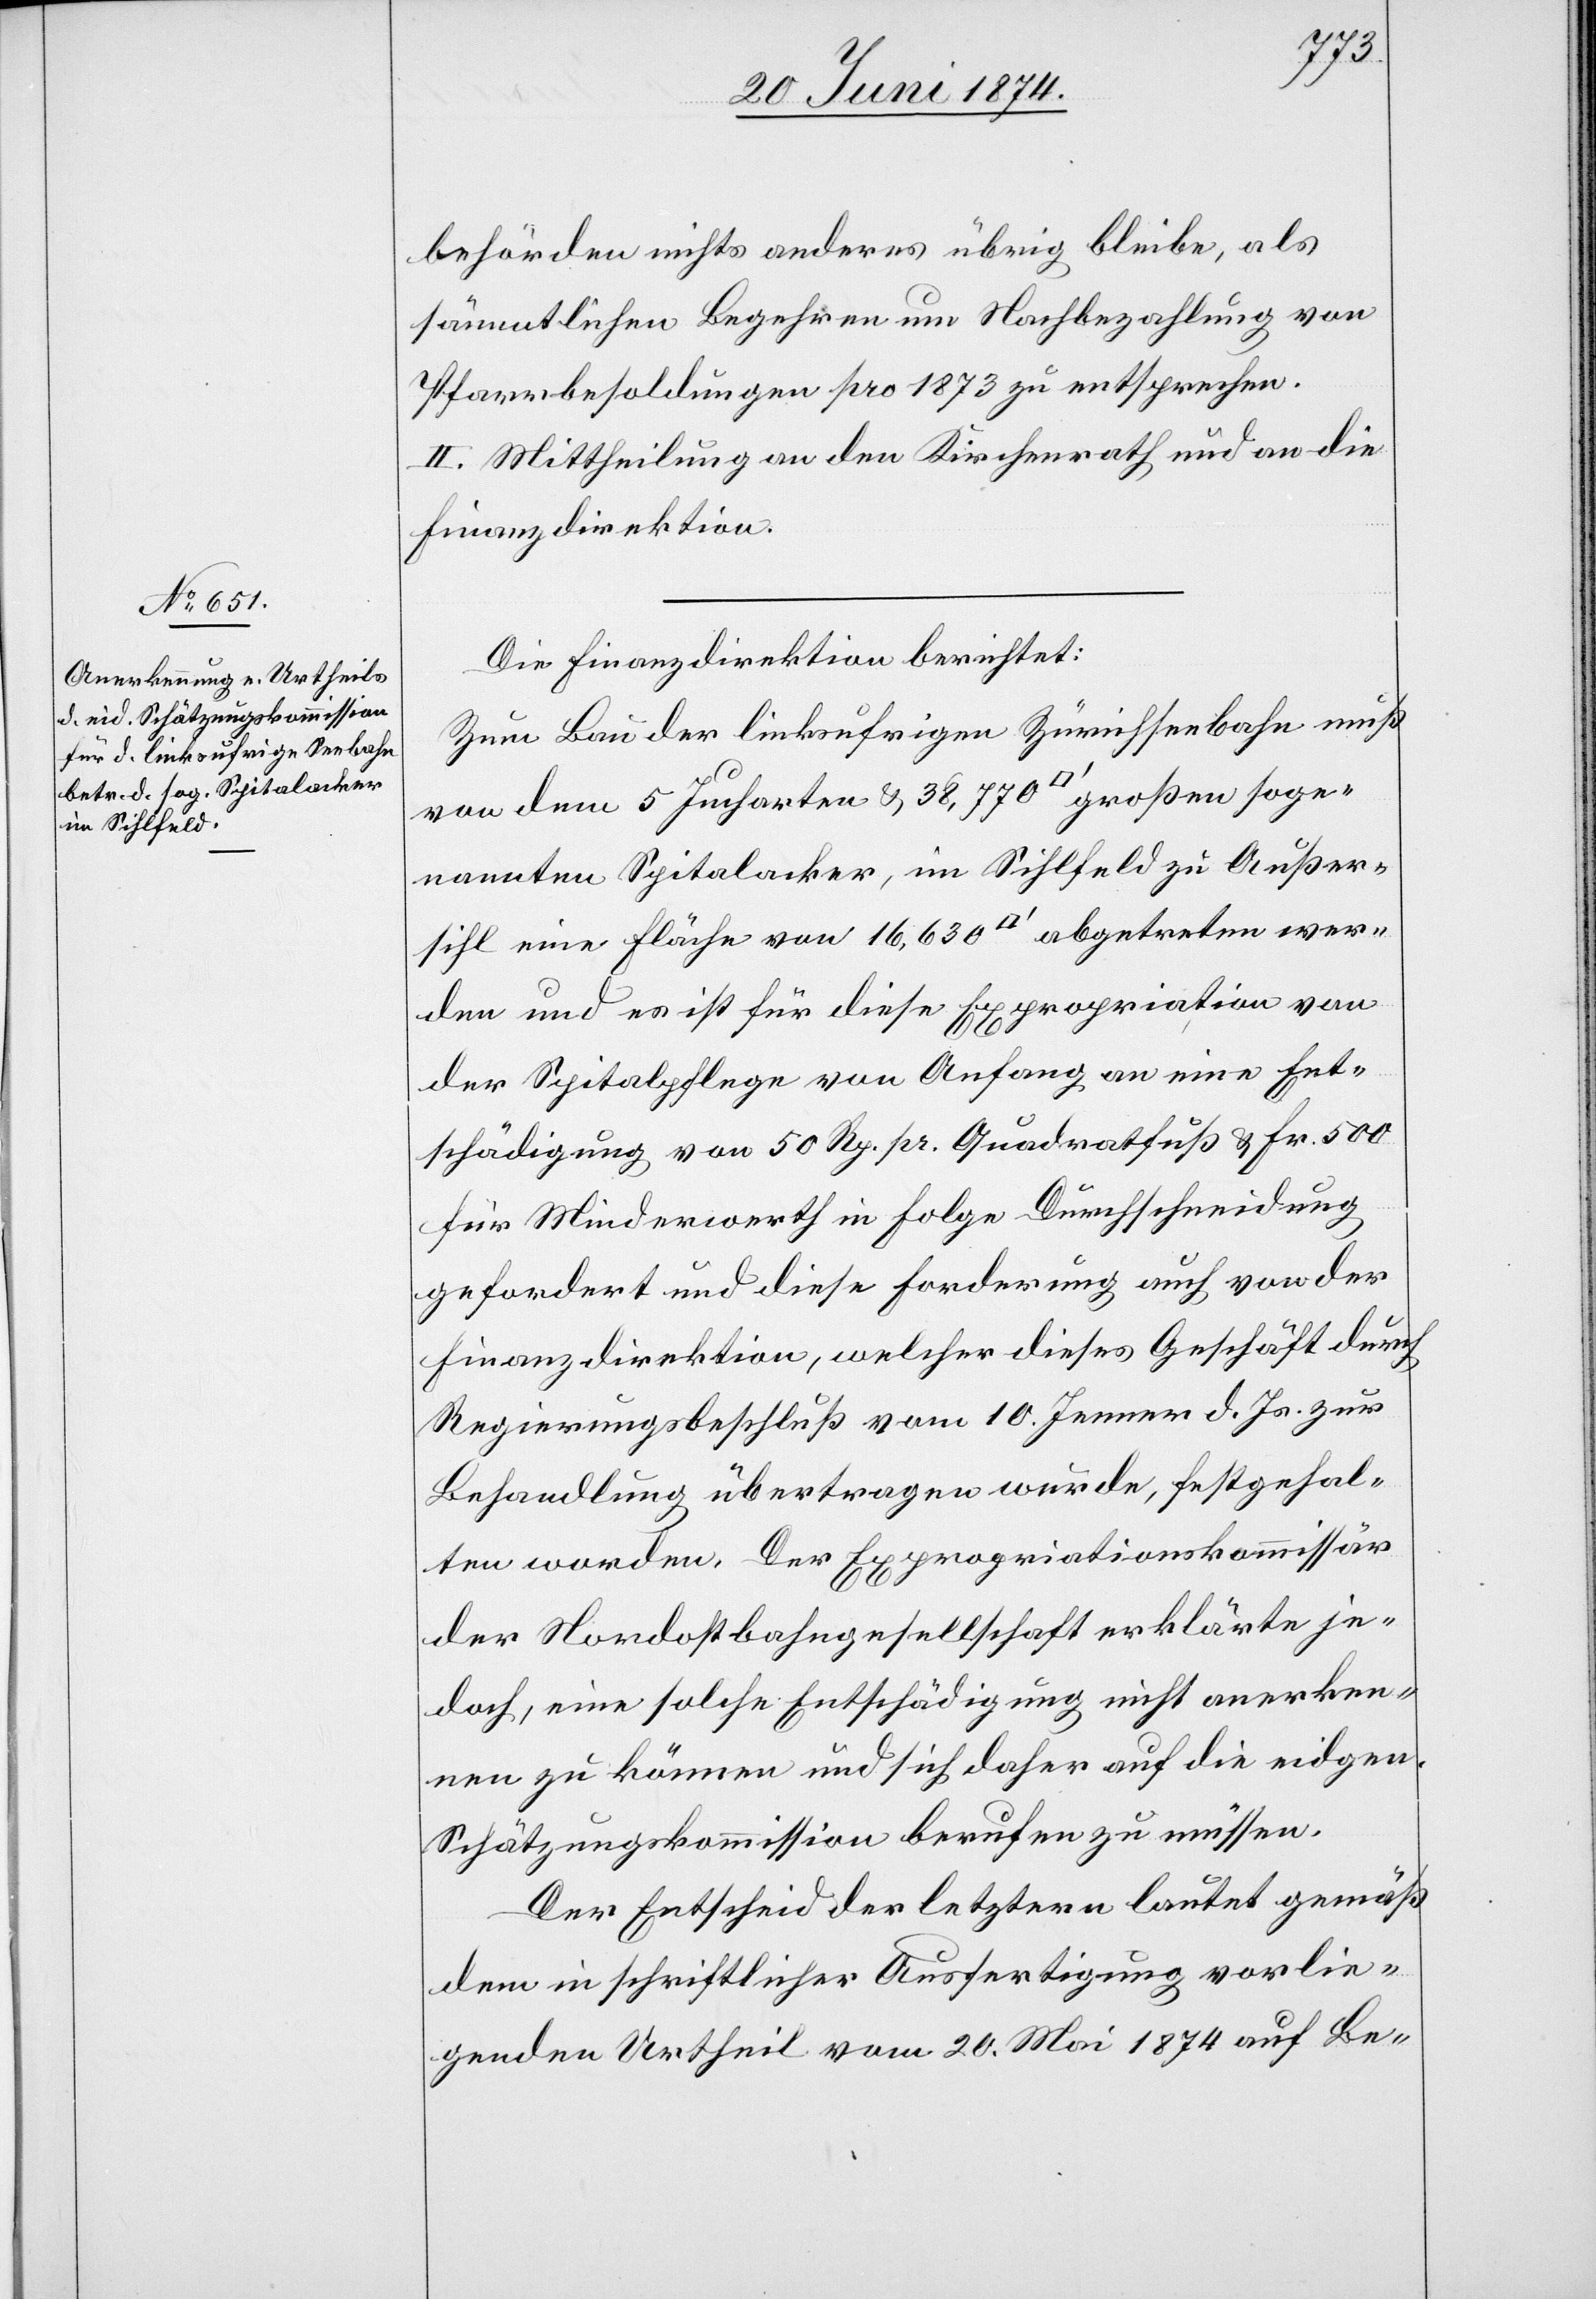
behörden nichts anderes übrig bleibe, als
sämmtlichen Begehren um Nachbezahlung von
Pfarrbesoldungen pro 1873 zu entsprechen.
II. Mittheilung an den Kirchenrath und an die
Finanzdirektion.
Die Finanzdirektion berichtet:
Zum Bau der linksufrigen Zürichseebahn muß
von dem 5 Jucharten u. 38,770 [Quadratfuss] großen soge¬
nannten Spitalacker, im Sihlfeld zu Außer¬
sihl eine Fläche von 16,630 [Quadratfuss] abgetreten wer¬
den und es ist für diese Expropriation von
der Spitalpflege von Anfang an eine Ent¬
schädigung von 50 Rp. pr. Quadratfuß u. Fr. 500
für Minderwerth in Folge Durchschneidung
gefordert und diese Forderung auch von der
Finanzdirektion, welcher dieses Geschäft durch
Regierungsbeschluß vom 10. Jenner d. Js. zur
Behandlung übertragen wurde, festgehal¬
ten worden. Der Expropriationskommissär
der Nordostbahngesellschaft erklärte je¬
doch, eine solche Entschädigung nicht anerken¬
nen zu können und sich daher auf die eidgen.
Schätzungskommission berufen zu müssen.
Der Entscheid der letztern lautet gemäß
dem in schriftlicher Ausfertigung vorlie¬
genden Urtheil vom 20. Mai 1874 auf Be-